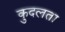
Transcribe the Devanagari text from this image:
कुदलता